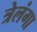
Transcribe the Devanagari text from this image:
त्रेलंगा